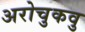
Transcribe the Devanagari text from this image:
अरोचुकवु